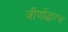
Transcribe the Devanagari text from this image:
जीर्णोद्धारच